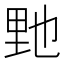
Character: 𨤤